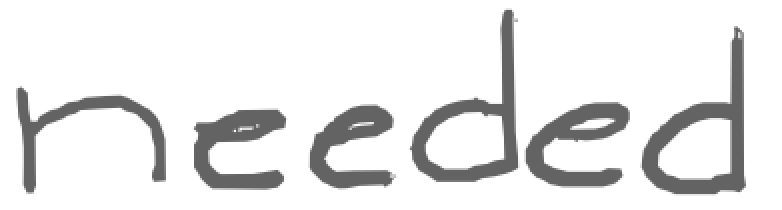
Text: needed
Cross-out: clean
Writing tool: digital_gray